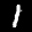
Label: 1